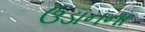
ઉડાનના